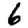
Digit: 6